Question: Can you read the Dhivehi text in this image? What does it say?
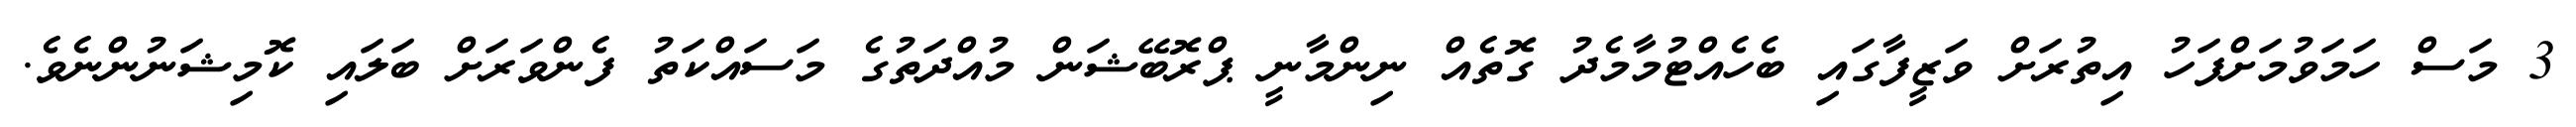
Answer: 3 މަސް ހަމަވުމަށްފަހު އިތުރަށް ވަޒީފާގައި ބެހެއްޓުމާމެދު ގޮތެއް ނިންމާނީ ޕްރޮބޭޝަން މުއްދަތުގެ މަސައްކަތު ފެންވަރަށް ބަލައި ކޮމިޝަނުންނެވެ.